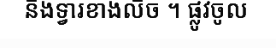
និងទ្វារខាងលិច ។ ផ្លូវចូល